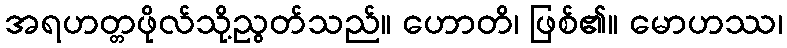
အရဟတ္တဖိုလ်သို့ညွတ်သည်။ ဟောတိ၊ ဖြစ်၏။ မောဟဿ၊